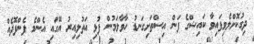
ދިގުކޮށްލެވިފައިވާ ކައިޝްގެ ފަން އިސްތަށިގަނޑު ހާވާލަމުން ފުޅި އަތުލިއިރު އޭގައި އެންމެ ފެންފޮދެއް